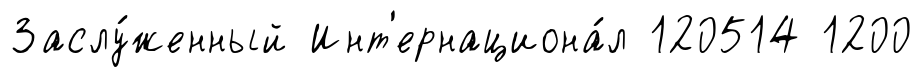
Заслу́женный Инт'ернациона́л 120514 1200